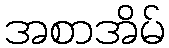
အစာအိမ်